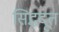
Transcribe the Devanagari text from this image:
सिद्धदूत